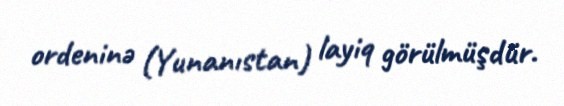
ordeninə (Yunanıstan) layiq görülmüşdür.